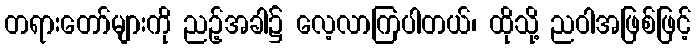
တရားတော်များကို ညဉ့်အခါ၌ လေ့လာကြပါတယ်၊ ထိုသို့ ညဝါအဖြစ်ဖြင့်